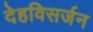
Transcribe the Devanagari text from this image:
देहविसर्जन